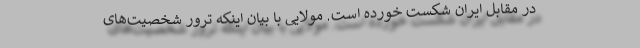
در مقابل ایران شکست خورده است. مولایی با بیان اینکه ترور شخصیت‌های